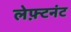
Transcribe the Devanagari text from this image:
लेफ़्टनंट